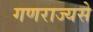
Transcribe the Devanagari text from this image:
गणराज्यसे